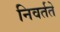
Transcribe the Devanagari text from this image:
निवर्तते